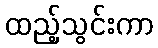
ထည့်သွင်းကာ